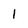
Character: 1